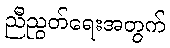
ညီညွတ်ရေးအတွက်